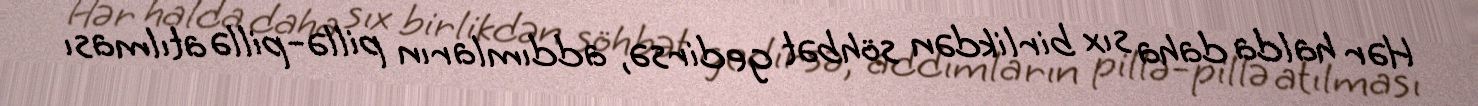
Hər halda daha sıx birlikdən söhbət gedirsə, addımların pillə-pillə atılması